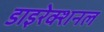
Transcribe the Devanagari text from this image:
डाइरेक्शनल